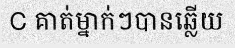
C គាត់ម្នាក់ៗបានឆ្លើយ